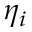
\eta _ { i }